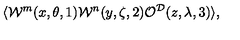
\langle { \cal W } ^ { m } ( x , \theta , 1 ) { \cal W } ^ { n } ( y , \zeta , 2 ) { \cal O } ^ { { \cal D } } ( z , \lambda , 3 ) \rangle ,